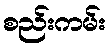
စည်းကမ်း